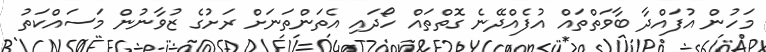
މަހުން އުފައްދާ ބާވަތްތައް އުފެއްދޭނެ ގޮތްތައް ހޯދައި އެތަންތަނަށް ރަށުގެ ޒުވާނުން މަސައްކަތު